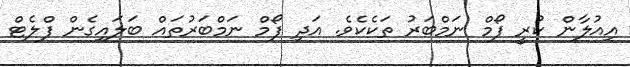
އިއުލާން ކުރީ ފޯމް ނަމްބަރު ތަކެކެވެ. އަދި ފޯމް ނަމްބަރުތައް ބަލައިގެން ފްލެޓް